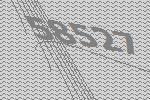
58527